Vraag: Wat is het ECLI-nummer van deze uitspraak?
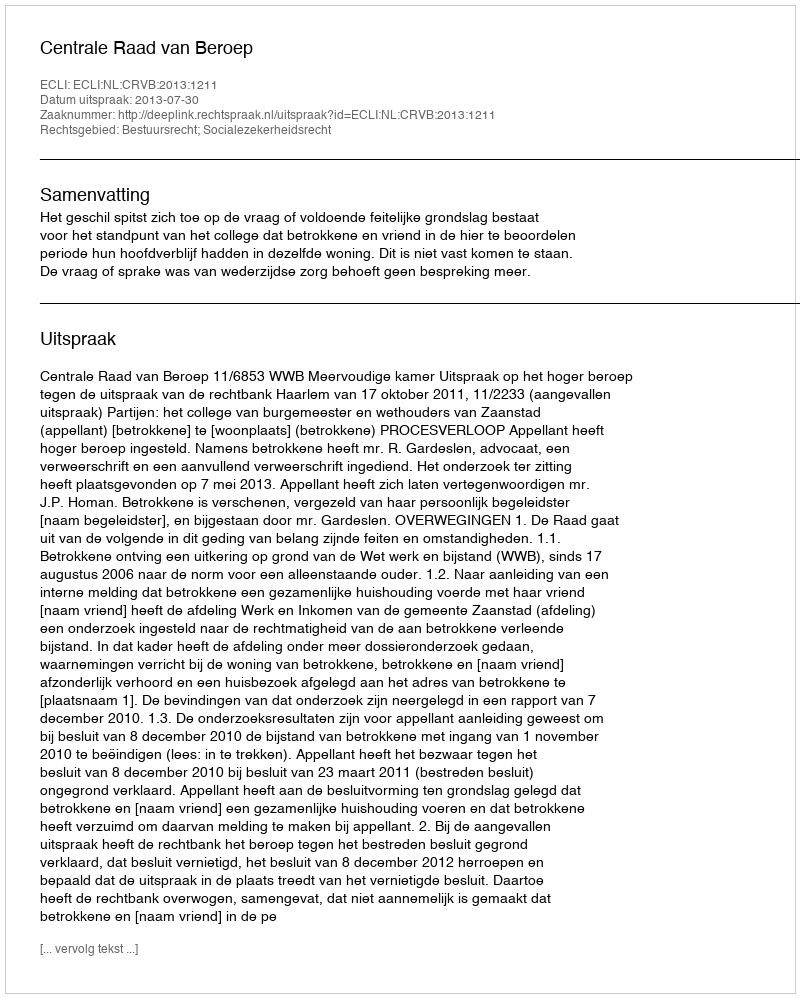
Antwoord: ECLI:NL:CRVB:2013:1211